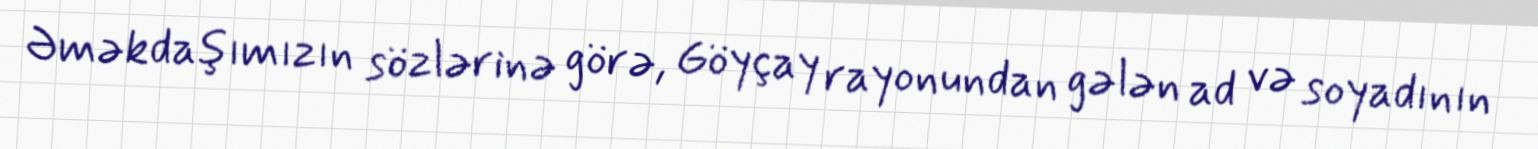
Əməkdaşımızın sözlərinə görə, Göyçay rayonundan gələn ad və soyadının